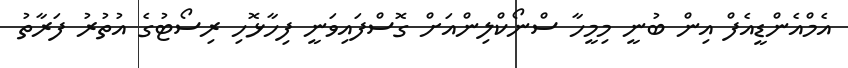
އެމްއެންޑީއެފް އިން ބުނީ މިމީހާ ސްނޯކްލިންއަށް ގޮސްފައިވަނީ ފިހާޅޮހި ރިސޯޓުގެ އުތުރު ފަރާތު